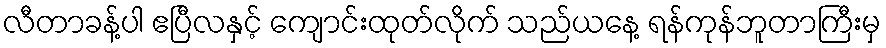
လီတာခန့်ပါ ဧပြီလနှင့် ကျောင်းထုတ်လိုက် သည်ယနေ့ ရန်ကုန်ဘူတာကြီးမှ